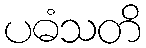
ပဓံသတိ